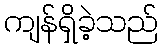
ကျန်ရှိခဲ့သည်